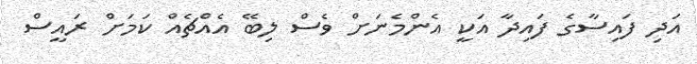
އަދި ފައިސާގެ ފައިދާ އަކީ އެންމެނަށް ވެސް ލިބޭ އެއްޗެއް ކަމަށް ރައީސް